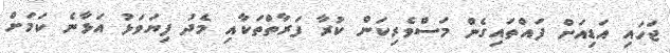
ޖަހައި އަޑިއަށް ފައްތައިގެން މަސްވެރިކަން ކުރާ ފަރާތްތަކާއި މެދު ފިޔަވަޅު އަޅާނެ ކަމަށް